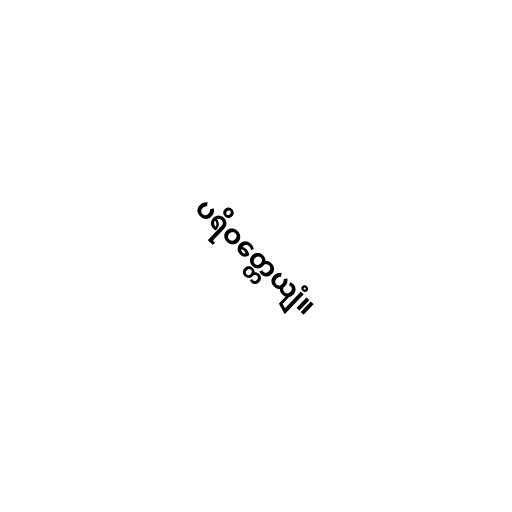
ပရိဝတ္တေယျံ။